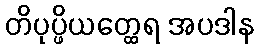
တိပုပ္ဖိယတ္ထေရ အပဒါန